Vaccination in Bombay 1856-1862 - 1856-1862
Year: 1856
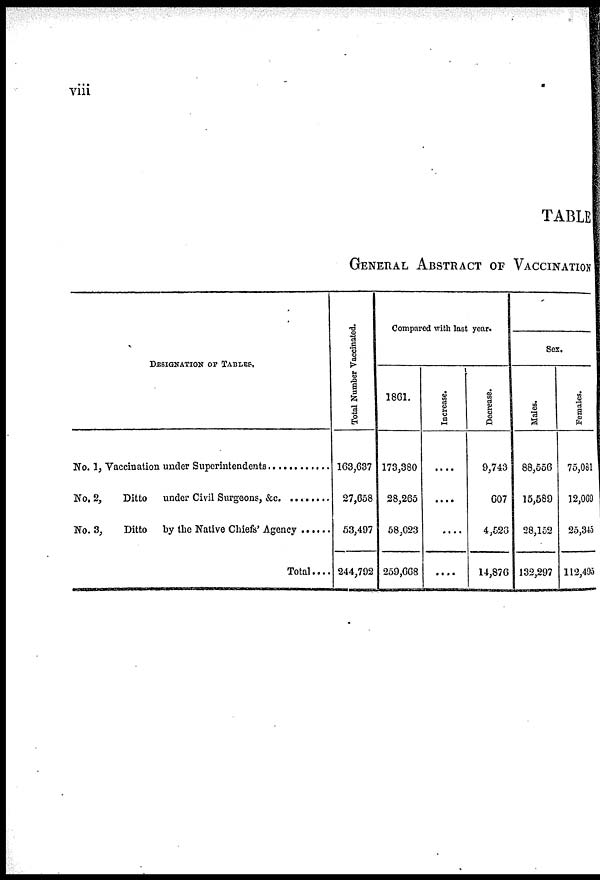
viii
TABLE
GENERAL ABSTRACT OF VACCINATION
DESIGNATION OF TABLES.
No. 1,
No. 2,
No. 3,
Vaccination under Superintendents ............
Ditto
under Civil Surgeons, &c. ...
Ditto by the Native Chiefs' Agency .......
Total
Total Number Vaccinated.
163,637
27,658
53,497
244,702
Compared with last year.
1861.
173,380
28,265
58,023
259,668
Increase.
....
....
....
....
Decrease.
9,743
607
4,526
14,876
Sex.
Males.
88,556
15,589
28,152
132,297
Females.
75,081
32,069
25,345
112,495